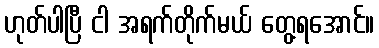
ဟုတ်ပါပြီ ငါ အရက်တိုက်မယ် တွေ့ရအောင်။